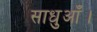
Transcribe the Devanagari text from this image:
साधुआँ।